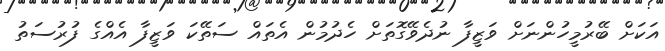
އަކަށް ބޭރުމީހުންނަށް ވަޒީފާ ނުދެވޭގޮތަށް ހެދުމުން އެތައް ސަތޭކަ ވަޒީފާ އެއްގެ ފުރުސަތު